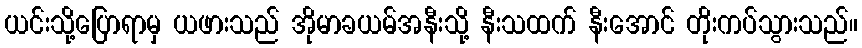
ယင်းသို့ပြောရာမှ ယဖားသည် အိုမာခယမ်အနီးသို့ နီးသထက် နီးအောင် တိုးကပ်သွားသည်။